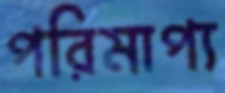
পরিমাপ্য